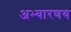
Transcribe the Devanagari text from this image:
अभ्यारणय